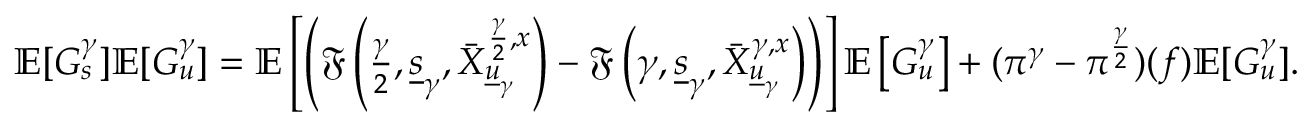
\begin{array} { r } { \mathbb { E } [ G _ { s } ^ { \gamma } ] \mathbb { E } [ G _ { u } ^ { \gamma } ] = \mathbb { E } \left[ \left( \mathfrak { F } \left( \frac { \gamma } { 2 } , \underline { { s } } _ { \gamma } , \bar { X } _ { \underline { { u } } _ { \gamma } } ^ { \frac { \gamma } { 2 } , x } \right) - \mathfrak { F } \left( { \gamma } , \underline { { s } } _ { \gamma } , \bar { X } _ { \underline { { u } } _ { \gamma } } ^ { \gamma , x } \right) \right) \right] \mathbb { E } \left[ G _ { u } ^ { \gamma } \right] + ( \pi ^ { \gamma } - \pi ^ { \frac { \gamma } { 2 } } ) ( f ) \mathbb { E } [ G _ { u } ^ { \gamma } ] . } \end{array}